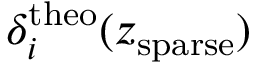
\delta _ { i } ^ { \mathrm { t h e o } } ( z _ { \mathrm { s p a r s e } } )